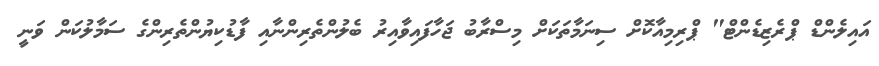
އައިލެންޑް ޕްރެޒިޑެންޓް" ޕްރިމިއާކޮށް ސިނަމާތަކަށް މިސްރާބު ޖަހާފައިވާއިރު ބެލުންތެރިންނާއި ފާޑުކިޔުންތެރިންގެ ސަމާލުކަން ވަނީ